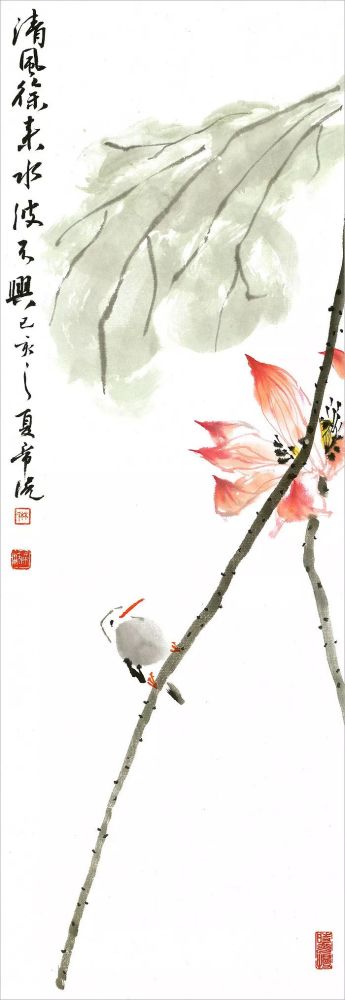
清风徐来，水波不兴。